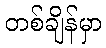
တစ်ချိန်မှာ